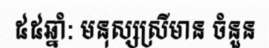
៥៥ឆ្នាំ: មនុស្សស្រីមាន ចំនួន